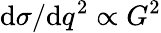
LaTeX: \mathrm{d}\sigma/\mathrm{d}q^{2}\propto G^{2}